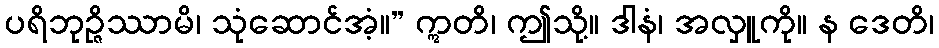
ပရိဘုဉ္ဇိဿာမိ၊ သုံဆောင်အံ့။” ဣတိ၊ ဤသို့။ ဒါနံ၊ အလှူကို။ န ဒေတိ၊